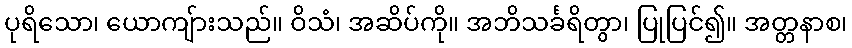
ပုရိသော၊ ယောကျ်ားသည်။ ဝိသံ၊ အဆိပ်ကို။ အဘိသင်္ခရိတွာ၊ ပြုပြင်၍။ အတ္တနာစ၊